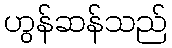
ဟွန်ဆန်သည်